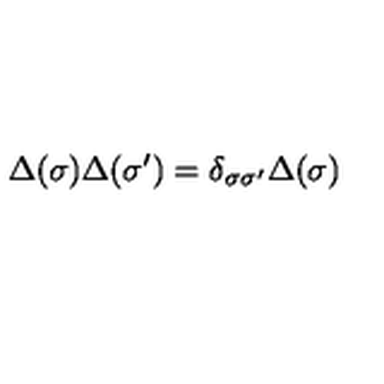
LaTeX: \Delta ( \sigma ) \Delta ( \sigma ^ { \prime } ) = \delta _ { \sigma \sigma ^ { \prime } } \Delta ( \sigma )